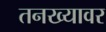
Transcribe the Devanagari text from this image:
तनख्यावर